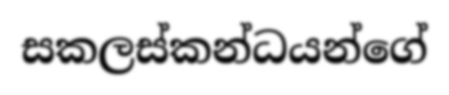
සකලස්කන්ධයන්ගේ